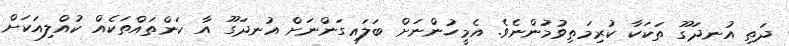
ދަތި އުނދަގޫ ތަކަކާ ކުރިމަތިވުމުންނެވެ. އެމީހުންނަށް ބަލައިގަންނަށް އުނދަގޫ އާ ކަންތައްތަކެއް ކުއްލިއަކަށް